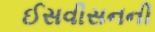
ઈસવીસનની